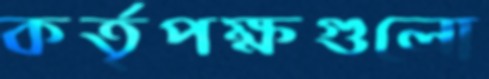
কর্তৃপক্ষগুলো